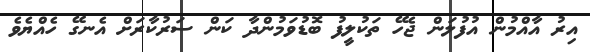
އިރު އާއްމުން އުފުލަން ޖެހޭ ތަކުލީފު ބޮޑުވަމުންދާ ކަން ސަރުކާރަށް އެނގޭ ހެއްޔެވެ